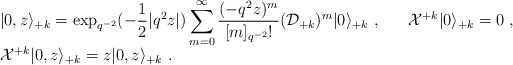
\begin{align*}\begin{array}{l}\vert 0, z\rangle_{+k}=\displaystyle\exp_{q^{-2}}(-\frac{1}{2}|q^2z|)\sum_{m=0}^\infty \frac{(-q^2z)^m}{[m]_{q^{-2}}!}({\cal D}_{+k})^m\vert 0 \rangle_{+k}~,~~~~~{\cal X}^{+k}\vert 0\rangle_{+k}=0~,\\{\cal X}^{+k}\vert 0,z\rangle_{+k} =z\vert 0,z\rangle_{+k}~.\end{array}\end{align*}